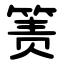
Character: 箦